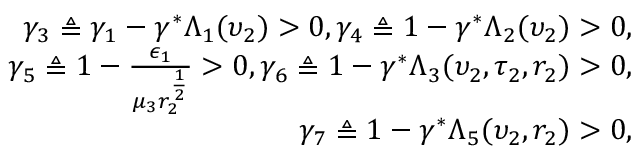
\begin{array} { r l r } & { } & { \gamma _ { 3 } \triangleq \gamma _ { 1 } - \gamma ^ { * } \Lambda _ { 1 } ( \upsilon _ { 2 } ) > 0 , \gamma _ { 4 } \triangleq 1 - \gamma ^ { * } \Lambda _ { 2 } ( \upsilon _ { 2 } ) > 0 , } \\ & { } & { \gamma _ { 5 } \triangleq 1 - \frac { \epsilon _ { 1 } } { \mu _ { 3 } r _ { 2 } ^ { \frac { 1 } { 2 } } } > 0 , \gamma _ { 6 } \triangleq 1 - \gamma ^ { * } \Lambda _ { 3 } ( \upsilon _ { 2 } , \tau _ { 2 } , r _ { 2 } ) > 0 , } \\ & { } & { \gamma _ { 7 } \triangleq 1 - \gamma ^ { * } \Lambda _ { 5 } ( \upsilon _ { 2 } , r _ { 2 } ) > 0 , } \end{array}